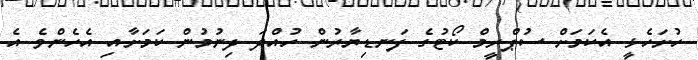
ހުށަހެޅީ އެކަމަށް ސުޕްރީމް ކޯޓުގެ ފަނޑިޔާރުން ހުއްދަ ދިނުމުން ކަމަށާއި އެހެންވެ އެ